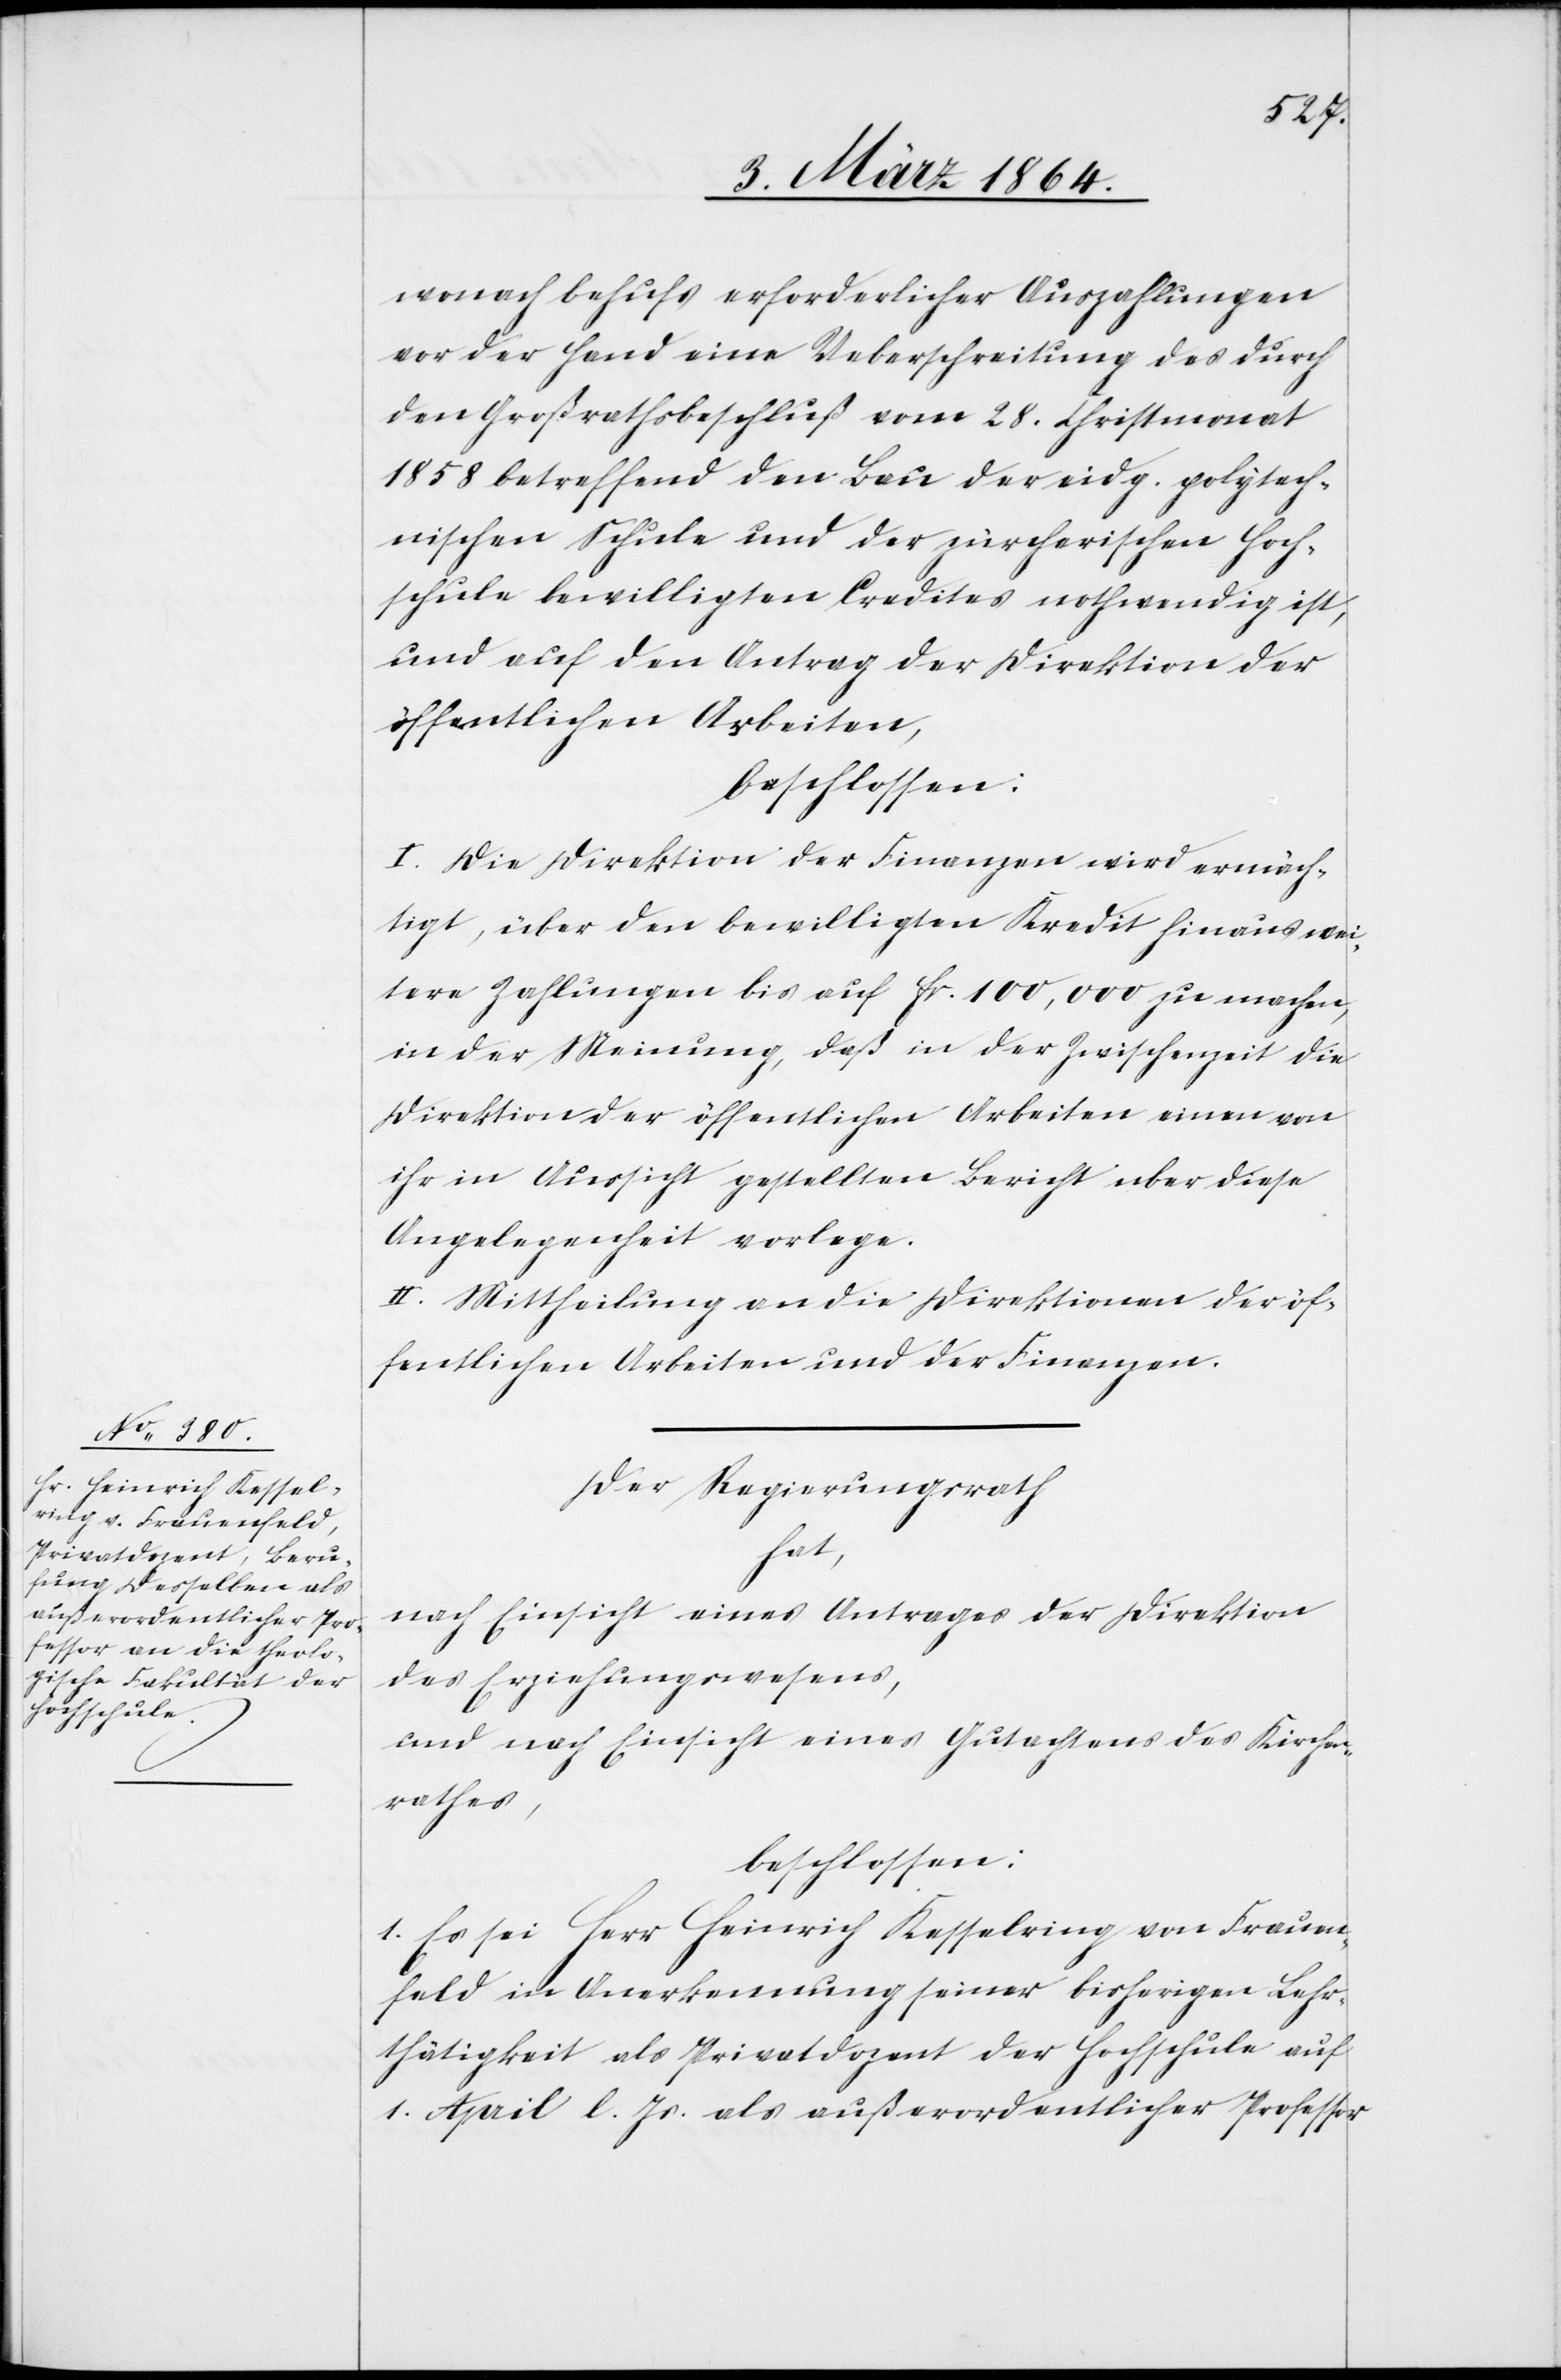
wonach behufs erforderlicher Auszahlungen
vor der Hand eine Ueberschreitung des durch
den Großrathsbeschluß vom 28. Christmonat
1858 betreffend den Bau der eidg. polytech¬
nischen Schule und der zürcherischen Hoch¬
schule bewilligten Credites nothwendig ist,
und auf den Antrag der Direktion der
öffentlichen Arbeiten,
beschlossen:
I. Die Direktion der Finanzen wird ermäch¬
tigt, über den bewilligten Kredit hinaus wei¬
tere Zahlungen bis auf fr. 100,000 zu machen,
in der Meinung, daß in der Zwischenzeit die
Direktion der öffentlichen Arbeiten einen von
ihr in Aussicht gestellten Bericht uber [sic!]
Angelegenheit vorlege.
II. Mittheilung an die Direktionen der öf¬
fentlichen Arbeiten und der Finanzen.
Der Regierungsrath
hat,
nach Einsicht eines Antrages der Direktion
des Erziehungswesens,
und nach Einsicht eines Gutachtens des Kirchen¬
rathes,
beschlossen:
1. Es sei Herr Heinrich Kesselring von Frauen¬
feld in Anerkennung seiner bisherigen Lehr¬
thätigkeit als Privatdozent der Hochschule auf
1. April l. Js. als außerordentlicher Professor